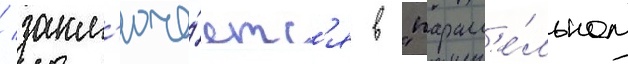
/ закл'юча́етс'я в "паралл'е́льном